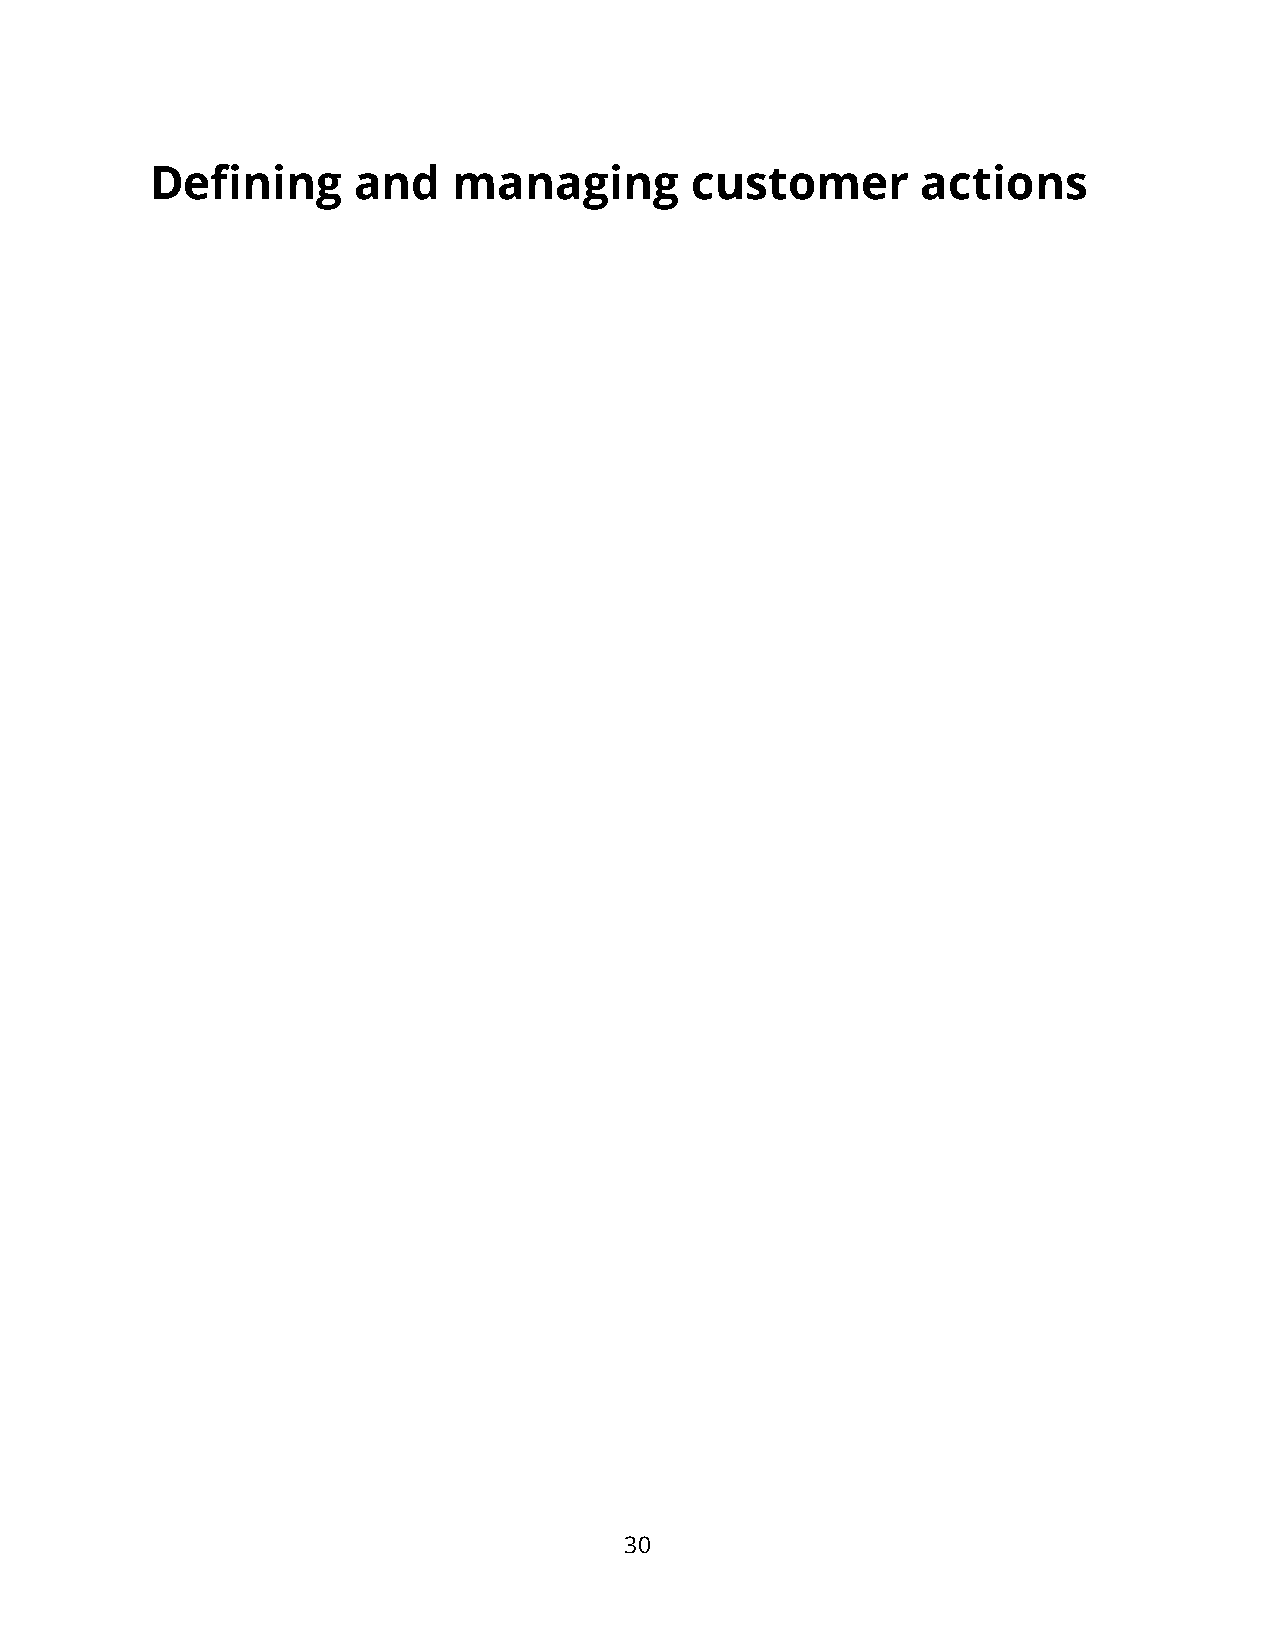
Defining     and    managing        customer       actions
 30